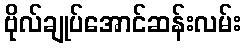
ဗိုလ်ချုပ်အောင်ဆန်းလမ်း